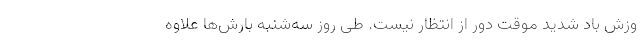
وزش باد شدید موقت دور از انتظار نیست. طی روز سه‌شنبه بارش‌ها علاوه